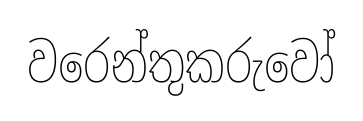
වරෙන්තුකරුවෝ